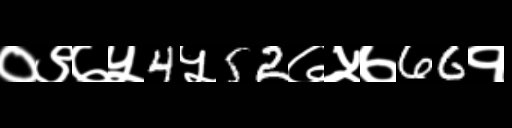
Text: ०९७५4५52७५७66१